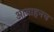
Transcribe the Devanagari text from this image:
आवाहनच